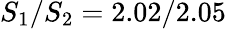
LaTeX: S_{1}/S_{2}=2.02/2.05